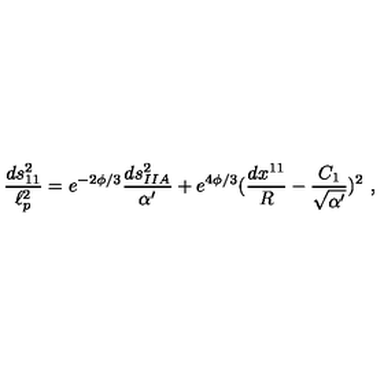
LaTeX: { \frac { d s _ { 1 1 } ^ { 2 } } { \ell _ { p } ^ { 2 } } } = e ^ { - 2 \phi / 3 } { \frac { d s _ { I I A } ^ { 2 } } { \alpha ^ { \prime } } } + e ^ { 4 \phi / 3 } ( { \frac { d x ^ { 1 1 } } { R } } - { \frac { C _ { 1 } } { \sqrt { \alpha ^ { \prime } } } } ) ^ { 2 } \ ,